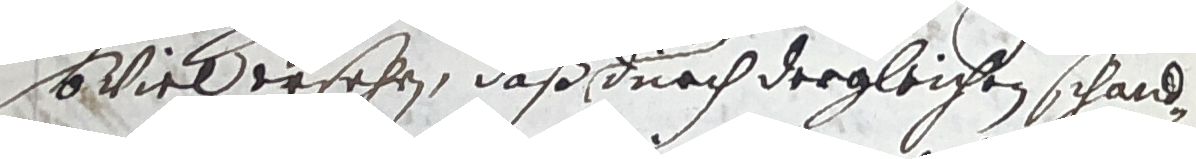
oviel ersehen, daß ourch dergleichen schandn